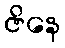
ဇိနေ